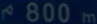
^2800\mathrm{~